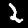
Digit: 2